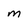
Character: m